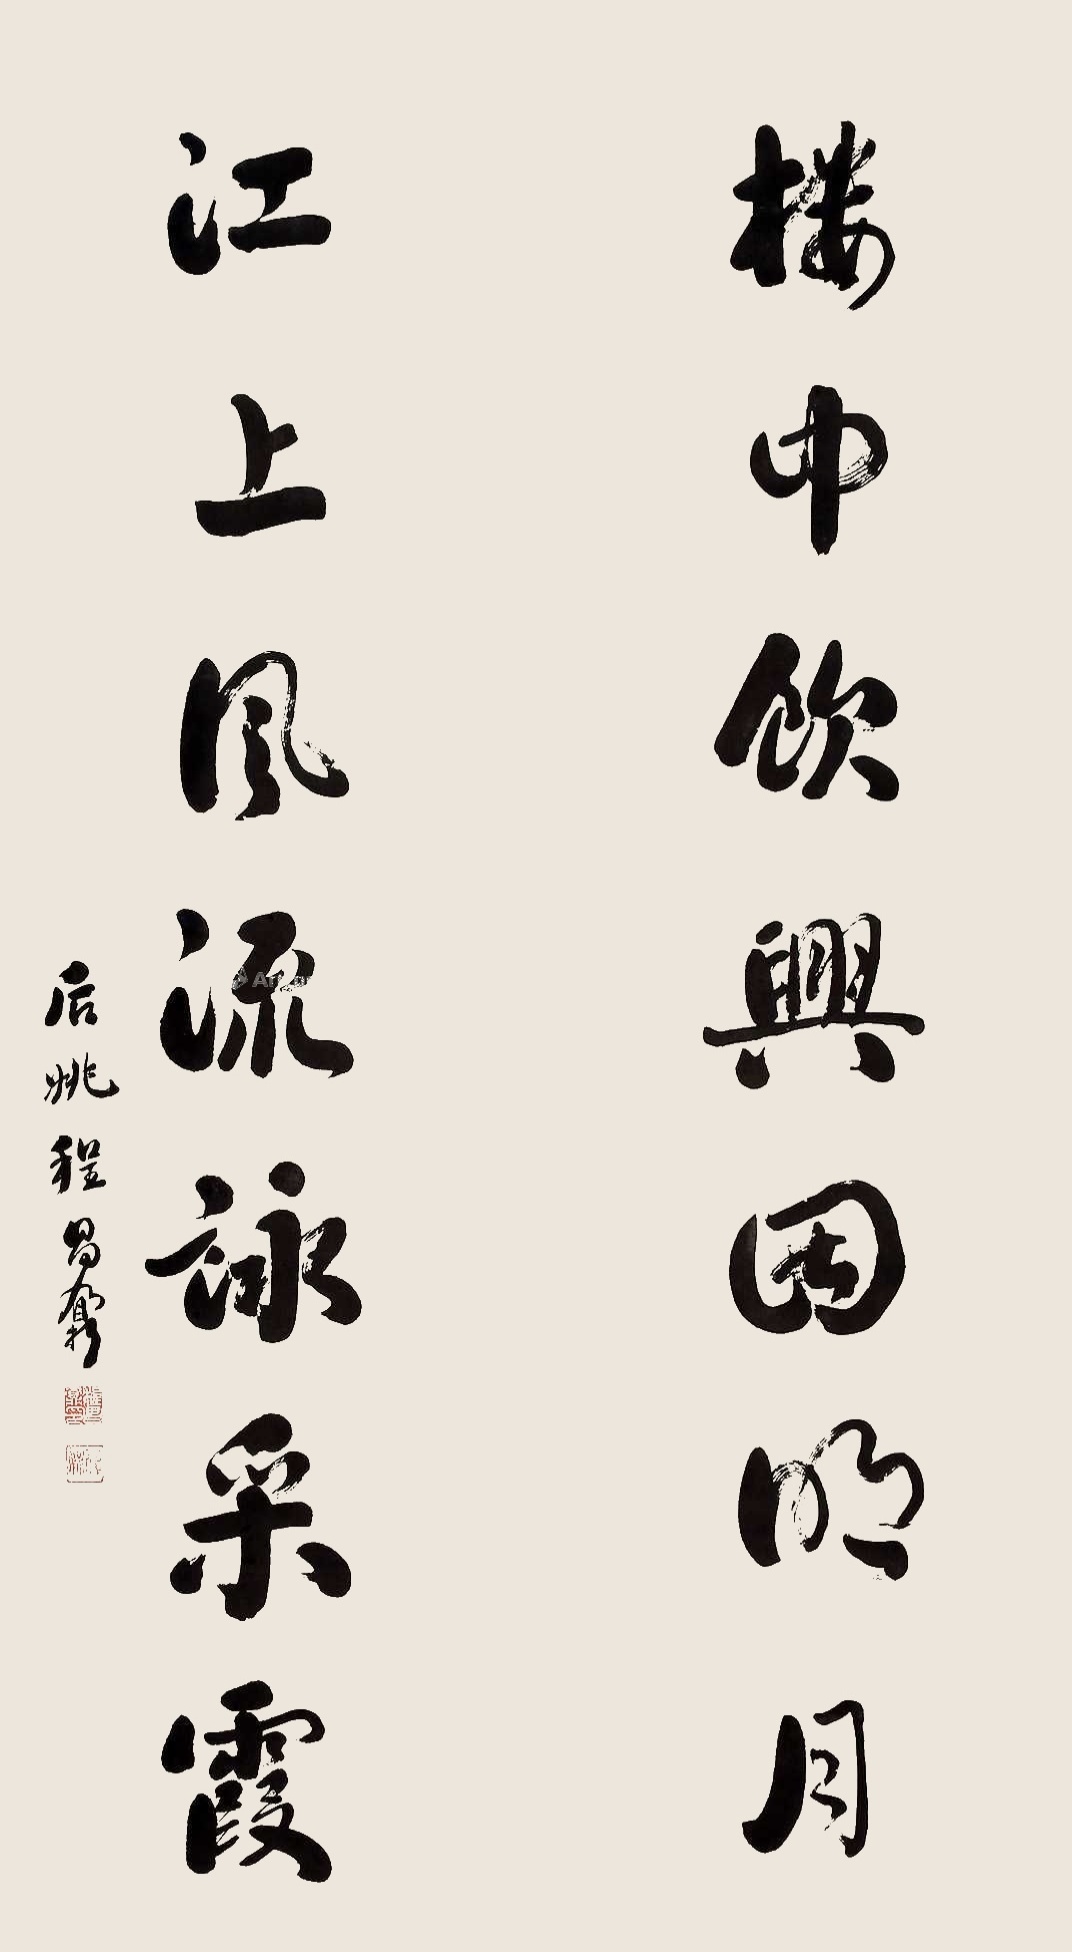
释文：楼中饮兴因明月，江上风流咏采霞。后姚程昌鼐